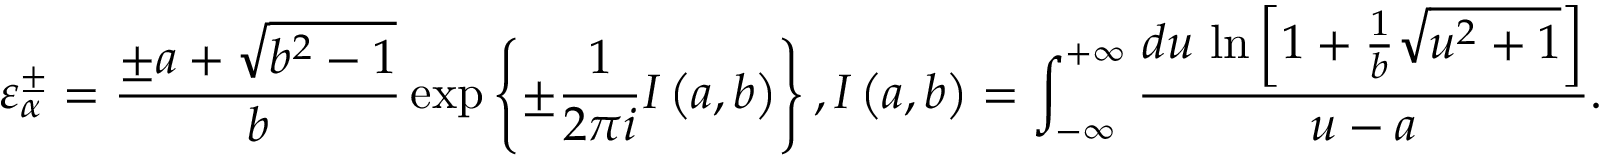
\varepsilon _ { \alpha } ^ { \pm } = \frac { \pm a + \sqrt { { { b } ^ { 2 } } - 1 } } { b } \exp \left\{ \pm \frac { 1 } { 2 \pi i } I \left( a , b \right) \right\} , I \left( a , b \right) = \int _ { - \infty } ^ { + \infty } { \frac { d u \, \ln \left[ 1 + \frac { 1 } { b } \sqrt { { { u } ^ { 2 } } + 1 } \right] } { u - a } } .